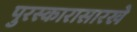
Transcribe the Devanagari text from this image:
पुरस्कारासारखे